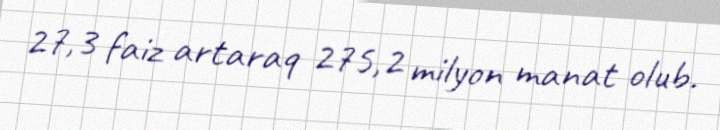
27,3 faiz artaraq 275,2 milyon manat olub.